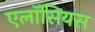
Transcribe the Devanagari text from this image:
एलॉसियस